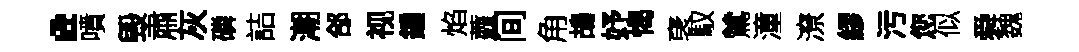
·噴毁肅灰磷詰潮郃视鍾焰虀间角鴣妤愒裦馭鷥潼潦繆污您似舜魏